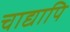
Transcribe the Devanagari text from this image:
चाद्यापि